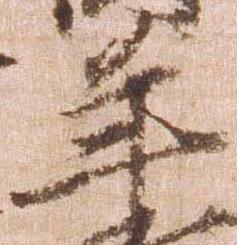
年